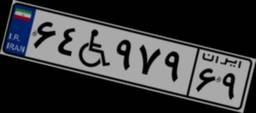
۶۴W۹۷۹۶۹